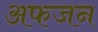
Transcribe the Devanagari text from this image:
अफजन